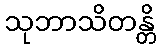
သုဘာသိတန္တိ